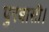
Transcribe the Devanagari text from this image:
पुरबासी।